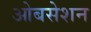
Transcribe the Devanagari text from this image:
ओबसेशन